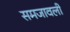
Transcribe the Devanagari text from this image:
समजावली